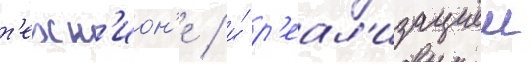
т'ехн'ион'е / и́ р'еал'изациеи